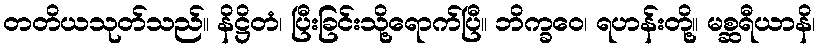
တတိယသုတ်သည်။ နိဋ္ဌိတံ၊ ပြီးခြင်းသို့ရောက်ပြီ။ ဘိက္ခဝေ၊ ရဟန်းတို့။ မစ္ဆရီယာနိ၊